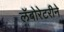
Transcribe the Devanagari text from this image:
लॅबोरेटरीने